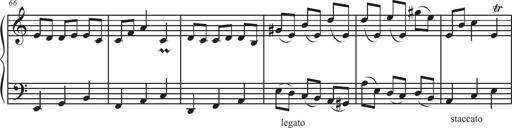
Title: Sonatina Espania
Composer: Jerald Franklin Archer
Key: Various